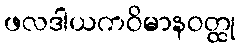
ဖလဒါယကဝိမာနဝတ္ထု